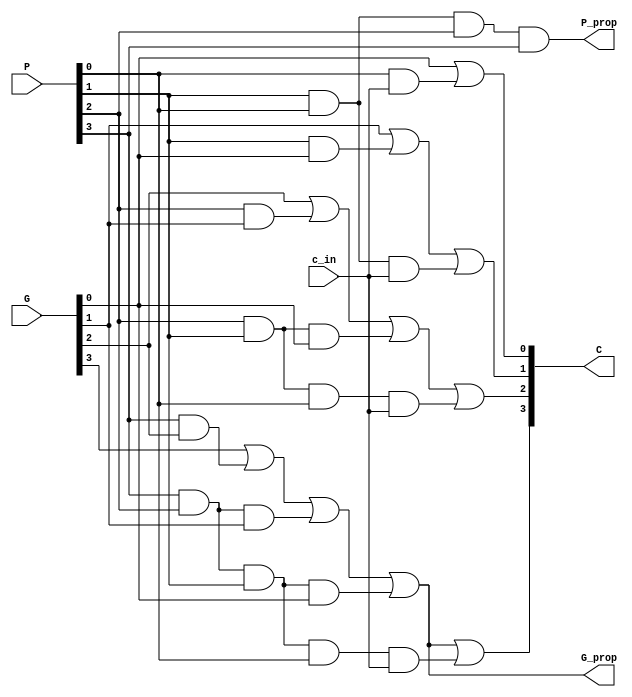
`timescale 1ns / 1ps
//////////////////////////////////////////////////////////////////////////////////
// Company: 
// Engineer: 
// 
// Design Name: 
// Module Name:    LCUnit 
// Project Name: 
// Target Devices: 
// Tool versions: 
// Description: 
//
// Dependencies: 
//
// Revision: 
// Revision 0.01 - File Created
// Additional Comments: 
//
//////////////////////////////////////////////////////////////////////////////////
module LCUnit(
   input[3:0] G,
    input [3:0] P,
    input c_in,
    output [4:1] C,
    output P_prop,
    output G_prop
);
/* Explaining the logic of Logic of LookaheadCarryUnit
C[0] = c_in
C[i+1] = G[i] | (P[i] & C[i]) for i = 0 to 3
We can expand this to get simplified equations 
C[1] = G[0] | (P[0] & C[0]) = G[0] | (P[0] & c_in)
C[2] = G[1] | (P[1] & C[1]) = G[1] | (P[1] & G[0]) | (P[1] & P[0] & c_in)
C[3] = G[2] | (P[2] & C[2]) = G[2] | (P[2] & G[1]) | (P[2] & P[1] & G[0]) | (P[2] & P[1] & P[0] & c_in)
C[4] = G[3] | (P[3] & C[3]) = G[3] | (P[3] & G[2]) | (P[3] & P[2] & G[1]) | (P[3] & P[2] & P[1] & G[0]) | (P[3] & P[2] & P[1] & P[0] & c_in)
Now we calculate the block propoagate P_prop and generate G_prop
    P_prop = P[0] & P[1] & P[2] & P[3]
    G_prop = G[3] | (P[3] & C[3]) = G[3] | (P[3] & G[2]) | (P[3] & P[2] & G[1]) | (P[3] & P[2] & P[1] & G[0])
*/

		assign C[1] = G[0] | (P[0] & c_in);
		assign C[2] = G[1] | (P[1] & G[0]) | (P[1] & P[0] & c_in);
		assign C[3] = G[2] | (P[2] & G[1]) | (P[2] & P[1] & G[0]) | (P[2] & P[1] & P[0] & c_in);
		assign C[4] = G[3] | (P[3] & G[2]) | (P[3] & P[2] & G[1]) | (P[3] & P[2] & P[1] & G[0]) | (P[3] & P[2] & P[1] & P[0] & c_in);

    // calculating the block propogate and generate propogate
		assign P_prop = P[0] & P[1] & P[2] & P[3];
		assign G_prop = G[3] | (P[3] & G[2]) | (P[3] & P[2] & G[1]) | (P[3] & P[2] & P[1] & G[0]);

endmodule